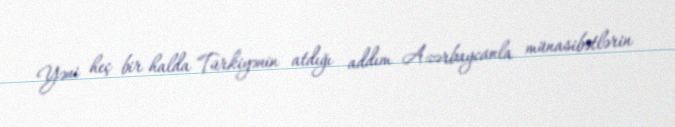
Yəni heç bir halda Türkiyənin atdığı addım Azərbaycanla münasibətlərin